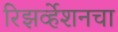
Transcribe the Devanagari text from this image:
रिझर्व्हेशनचा